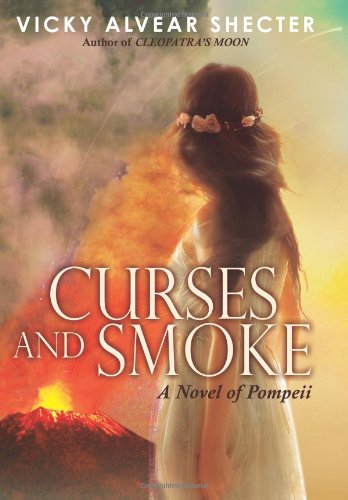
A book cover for Curses and Smoke: A Novel of Pompeii; Vicky Alvear Shecter; Teen & Young Adult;